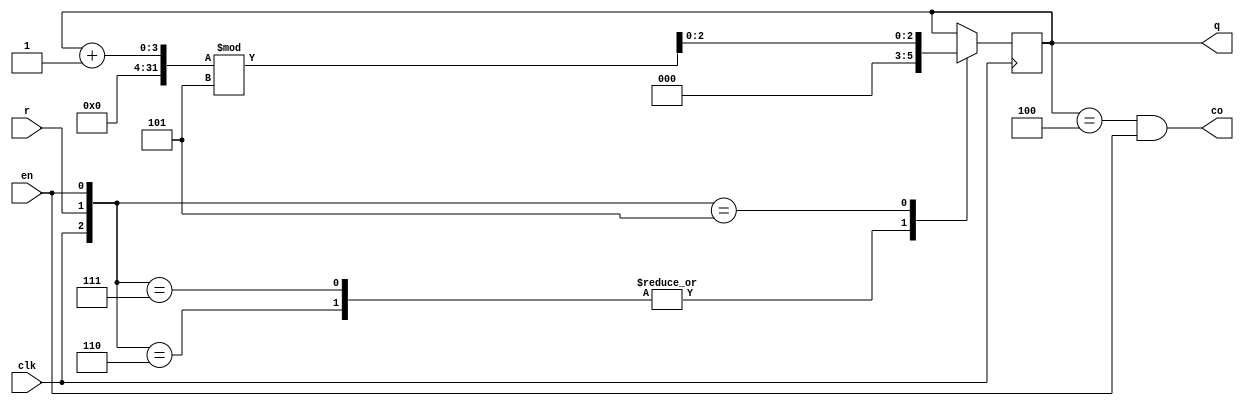

////////////////////////////////////////////////////////////////////////////////
// Company: zju
////////////////////////////////////////////////////////////////////////////////

module counter_n(clk,r,en,co,q);
	parameter n=5;
	parameter counter_bits=3;
	// Inputs
	input clk,en,r;
	// Outputs
	output co;
	output reg [counter_bits-1:0] q;
	assign co = (q == (n-1)) && en;
always @(posedge clk)
	case({clk,r,en})
	3'b110:q=0;
	3'b111:q=0;
	3'b101:q=(q+1) % n;
	endcase
endmodule